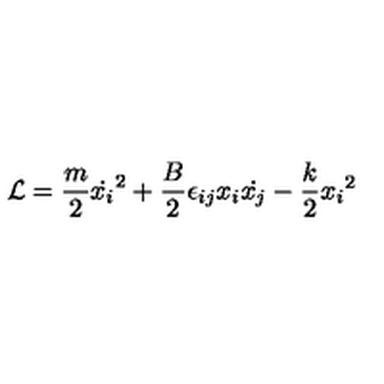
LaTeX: { \cal { L } } = \frac { m } { 2 } { \dot { x _ { i } } } ^ { 2 } + \frac { B } { 2 } \epsilon _ { i j } x _ { i } \dot { x _ { j } } - \frac { k } { 2 } { x _ { i } } ^ { 2 }